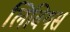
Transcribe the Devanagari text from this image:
लिवियस